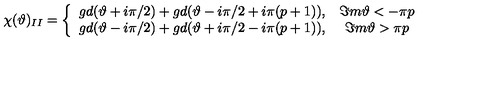
\chi ( \vartheta ) _ { I I } = \left\{ \begin{array} { c c } { g d ( \vartheta + i \pi / 2 ) + g d ( \vartheta - i \pi / 2 + i \pi ( p + 1 ) ) , } & { \Im m \vartheta < - \pi p } \\ { g d ( \vartheta - i \pi / 2 ) + g d ( \vartheta + i \pi / 2 - i \pi ( p + 1 ) ) , } & { \Im m \vartheta > \pi p } \\ \end{array} \right.